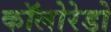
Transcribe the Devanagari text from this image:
कॉलोरेडो